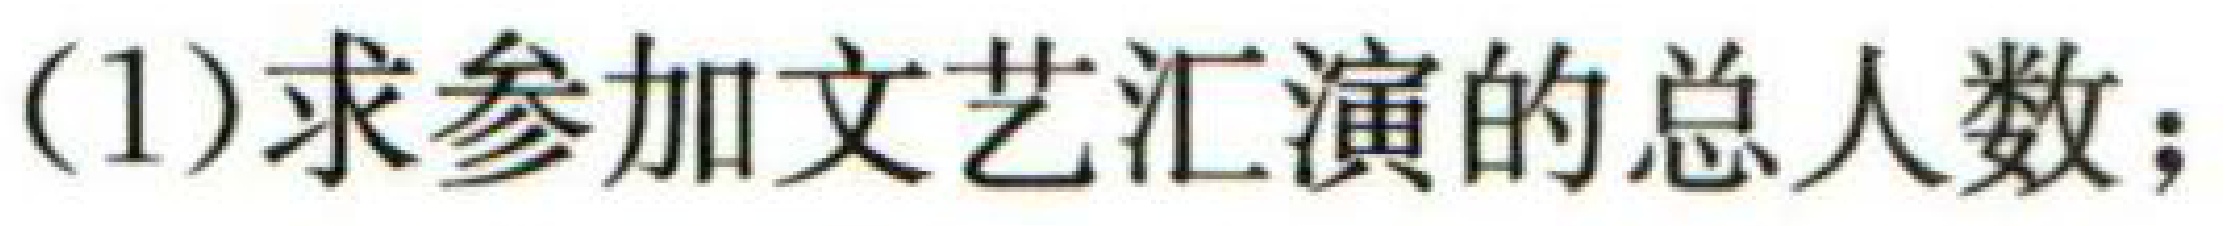
(1)求参加文艺汇演的总人数；